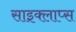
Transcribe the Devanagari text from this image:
साइक्लाप्स